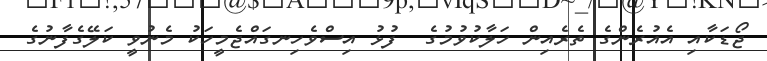
ޖޯޑަކާއި އެއުރެންގެ ތެރެއިން ހަލާކުވުމުގެ  ފުޅު އިސްވެހިނގައްޖެމީހަކު މެނުވީ ކަލޭގެފާނުގެ